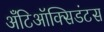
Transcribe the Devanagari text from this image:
अँटिऑक्सिडंटस